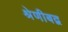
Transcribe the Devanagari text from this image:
श्रेणीबद्व